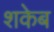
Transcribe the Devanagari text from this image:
शकेब